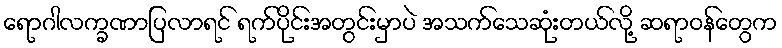
ရောဂါလက္ခဏာပြလာရင် ရက်ပိုင်းအတွင်းမှာပဲ အသက်သေဆုံးတယ်လို့ ဆရာဝန်တွေက